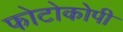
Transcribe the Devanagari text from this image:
फोटोकोपी